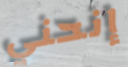
إنحني